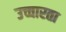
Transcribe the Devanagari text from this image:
उच्चारता